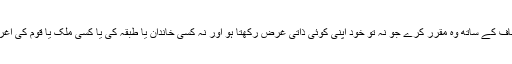
سب کے حقوق انصاف کے ساتھ وہ مقرر کرے جو نہ تو خود اپنی کوئی ذاتی غرض رکھتا ہو اور نہ کسی خاندان یا طبقہ کی یا کسی ملک یا قوم کی اغراض سے وابستہ ہو۔